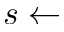
s \leftarrow